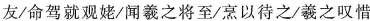
友/命驾就观绷/闻羲之将至/烹以待之/羲之叹惜